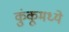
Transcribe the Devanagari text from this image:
कुंकूमध्ये